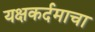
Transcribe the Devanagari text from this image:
यक्षकर्दमाचा